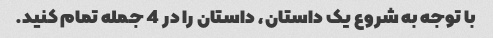
با توجه به شروع یک داستان، داستان را در 4 جمله تمام کنید.